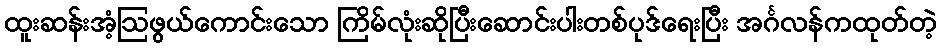
ထူးဆန်းအံ့ဩဖွယ်ကောင်းသော ကြိမ်လုံးဆိုပြီးဆောင်းပါးတစ်ပုဒ်ရေးပြီး အင်္ဂလန်ကထုတ်တဲ့